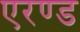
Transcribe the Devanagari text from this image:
एरण्ड